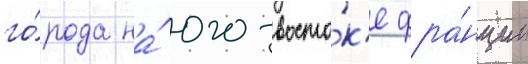
го́рода на́ юго-восто́к'е фра́нции